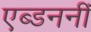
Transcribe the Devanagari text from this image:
एब्डननीं